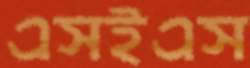
এসইএস